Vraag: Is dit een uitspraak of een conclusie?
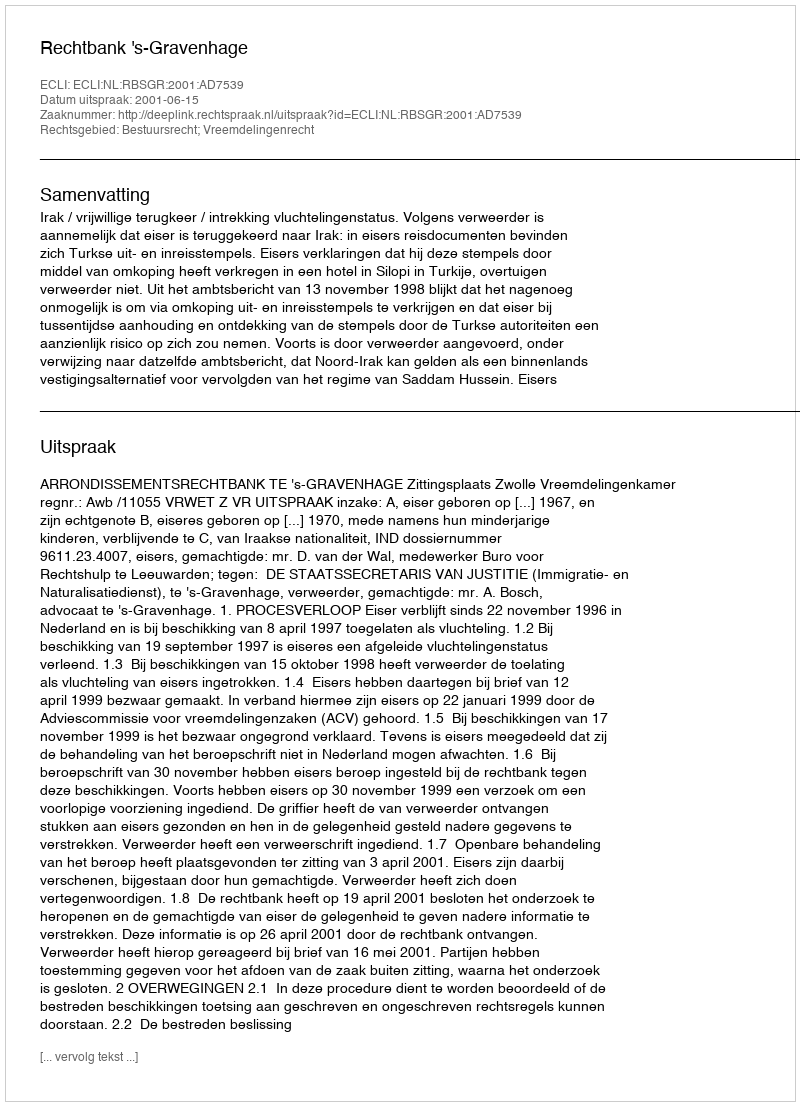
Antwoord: Uitspraak